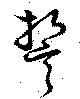
誓